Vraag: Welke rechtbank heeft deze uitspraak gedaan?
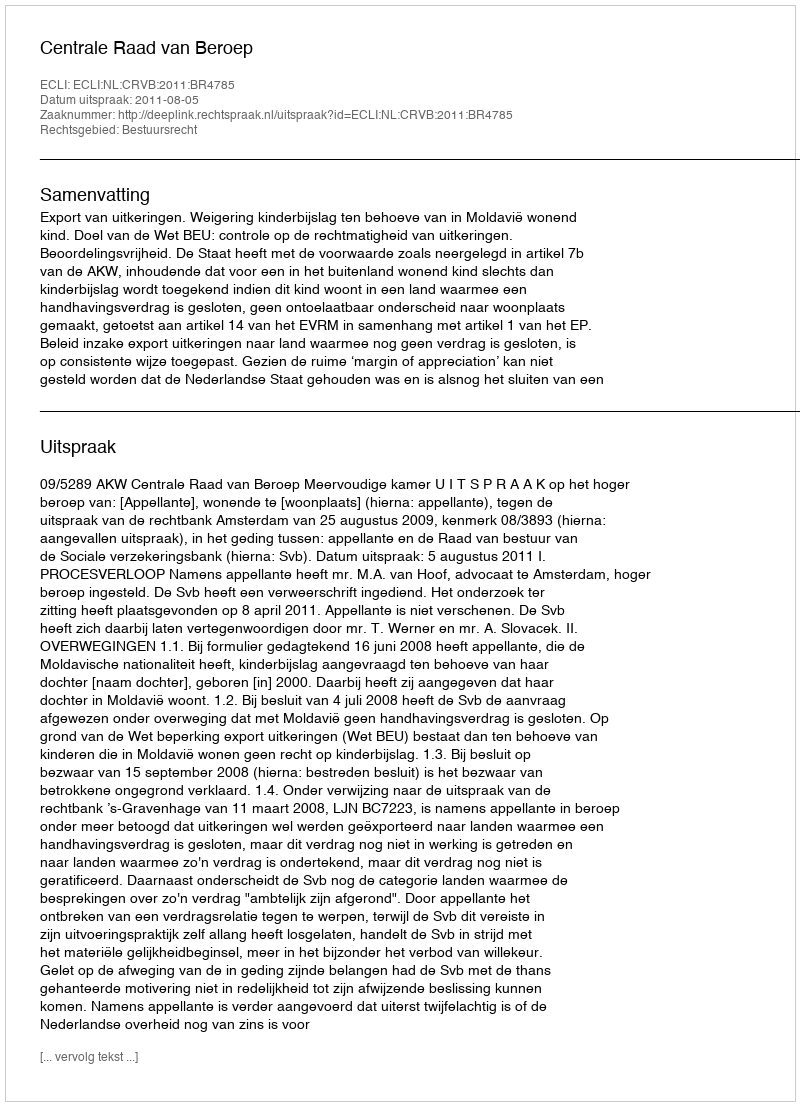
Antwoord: Centrale Raad van Beroep